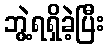
ဘွဲ့ရရှိခဲ့ပြီး